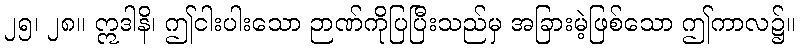
၂၅၊ ၂၈။ ဣဒါနိ၊ ဤငါးပါးသော ဉာဏ်ကိုပြပြီးသည်မှ အခြားမဲ့ဖြစ်သော ဤကာလ၌။